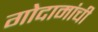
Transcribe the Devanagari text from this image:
गोदामांची